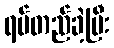
ရပ်တည်ခဲ့ပြီး